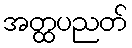
အတ္ထပညတ်